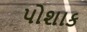
પોશાક